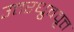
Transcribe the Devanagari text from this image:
उत्तरध्रुववृत्त